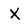
Character: X